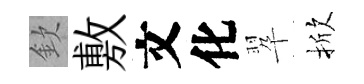
欽敷文化翆掀